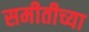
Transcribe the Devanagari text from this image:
समीतीच्या